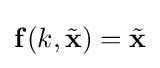
\mathbf {f} (k,{\tilde {\mathbf {x} }})={\tilde {\mathbf {x} }}